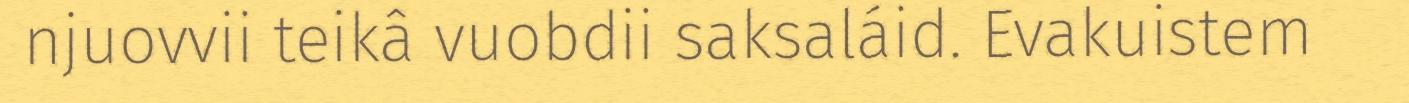
njuovvii teikâ vuobdii saksaláid. Evakuistem